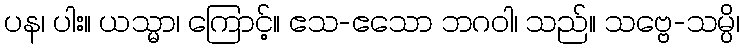
ပန၊ ပါး။ ယသ္မာ၊ ကြောင့်။ ဧသ-ဧသော ဘဂဝါ၊ သည်။ သဗ္ဗေ-သမ္ပိ၊